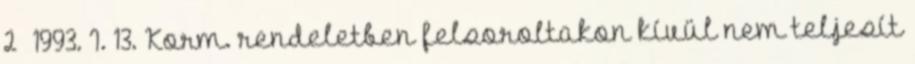
2 1993. I. 13. Korm. rendeletben felsoroltakon kívül nem teljesít